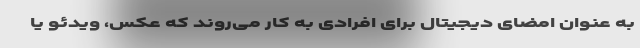
به عنوان امضای دیجیتال برای افرادی به کار می‌روند که عکس، ویدئو یا